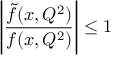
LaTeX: \left| \frac { { \widetilde f } ( x , Q ^ { 2 } ) } { f ( x , Q ^ { 2 } ) } \right| \le 1